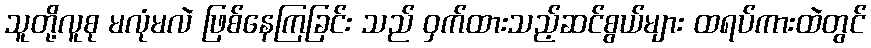
သူတို့လူစု မလုံမလဲ ဖြစ်နေကြခြင်း သည် ဝှက်ထားသည့်ဆင်စွယ်များ ထရပ်ကားထဲတွင်